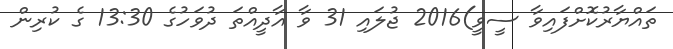
ތައްޔާރުކޮށްފައިވާ ސީވީ)2016 ޖުލައި 31 ވާ އާދީއްތަ ދުވަހުގެ 13:30 ގެ ކުރިން